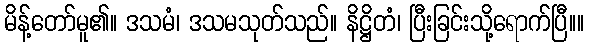
မိန့်တော်မူ၏။ ဒသမံ၊ ဒသမသုတ်သည်။ နိဋ္ဌိတံ၊ ပြီးခြင်းသို့ရောက်ပြီ။။